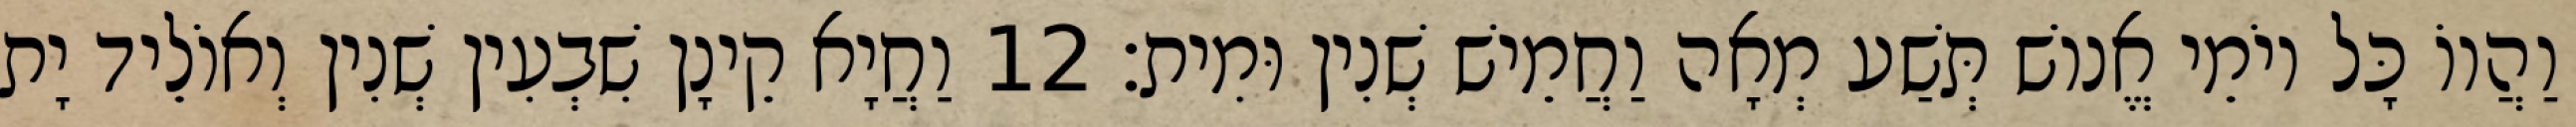
וַהֲווֹ כָּל יוֹמֵי אֱנוֹשׁ תְּשַׁע מְאָה וַחֲמֵישׁ שְׁנִין וּמִית׃ 12 וַחֲיָא קֵינָן שִׁבְעִין שְׁנִין וְאוֹלֵיד יָת